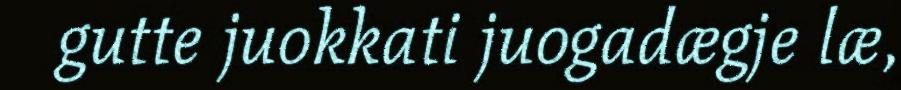
gutte juokkati juogadægje læ,